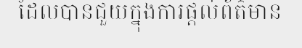
ដែលបានជួយក្នុងការផ្តល់ព័ត៌មាន